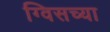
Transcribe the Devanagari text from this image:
ग्विसच्या